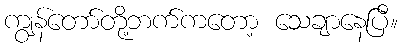
ကျွန်တော်တို့ဘက်ကတော့ သေချာနေပြီ။